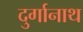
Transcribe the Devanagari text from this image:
दुर्गानाथ